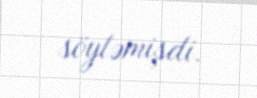
söyləmişdi.